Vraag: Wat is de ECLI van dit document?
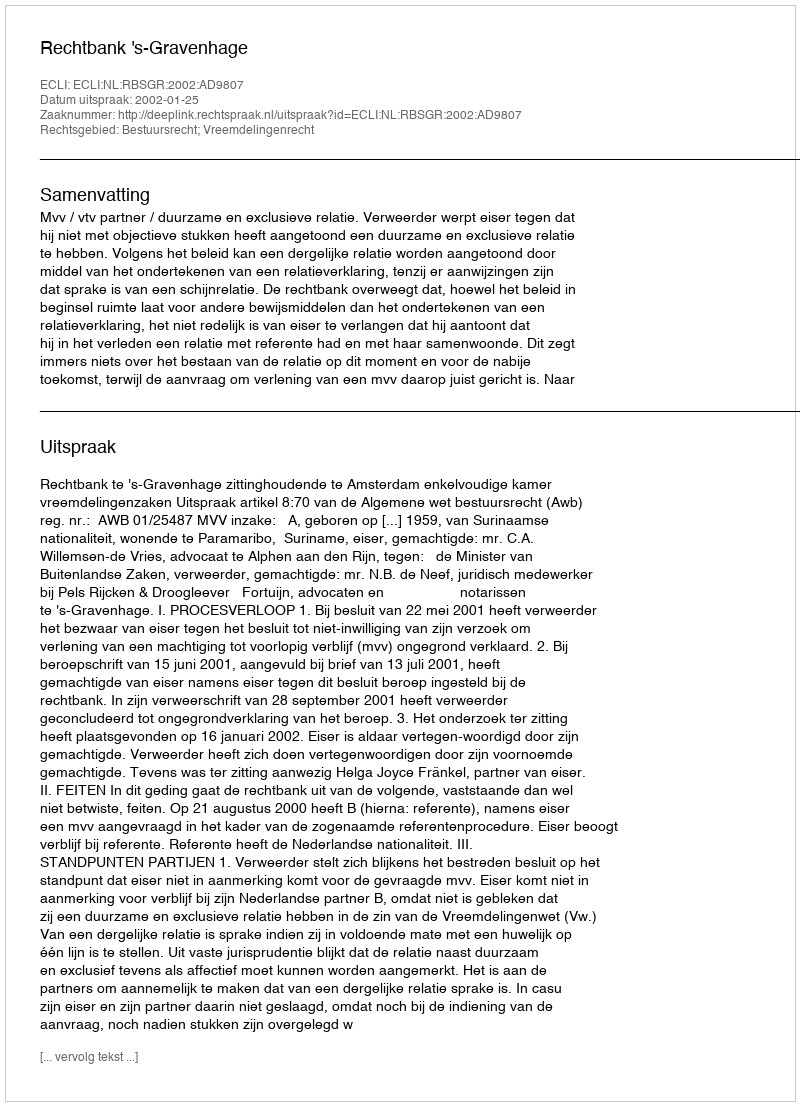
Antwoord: ECLI:NL:RBSGR:2002:AD9807